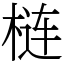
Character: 梿